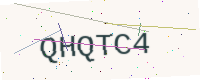
Text: QHQTC4